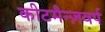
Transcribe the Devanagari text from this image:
कीटमैन्ज़वर्प